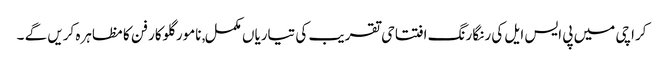
کراچی میں پی ایس ایل کی رنگا رنگ افتتاحی تقریب کی تیاریاں مکمل, نامور گلوکار فن کا مظاہرہ کریں گے ۔